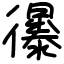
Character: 忁